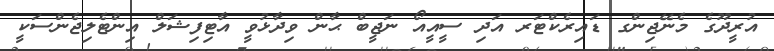
އުރީދޫގެ މެނޭޖިންގ ޑައިރެކްޓަރ އަދި ސީއީއޯ ނަޖީބް ޙާން ވިދާޅުވީ އާޓިފިޝަލް އިންޓެލިޖެންސަކީ